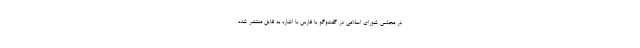
در مجلس شورای اسلامی در گفت‌وگو با فارس با اشاره به فایل منتشر شده